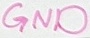
Text: GND